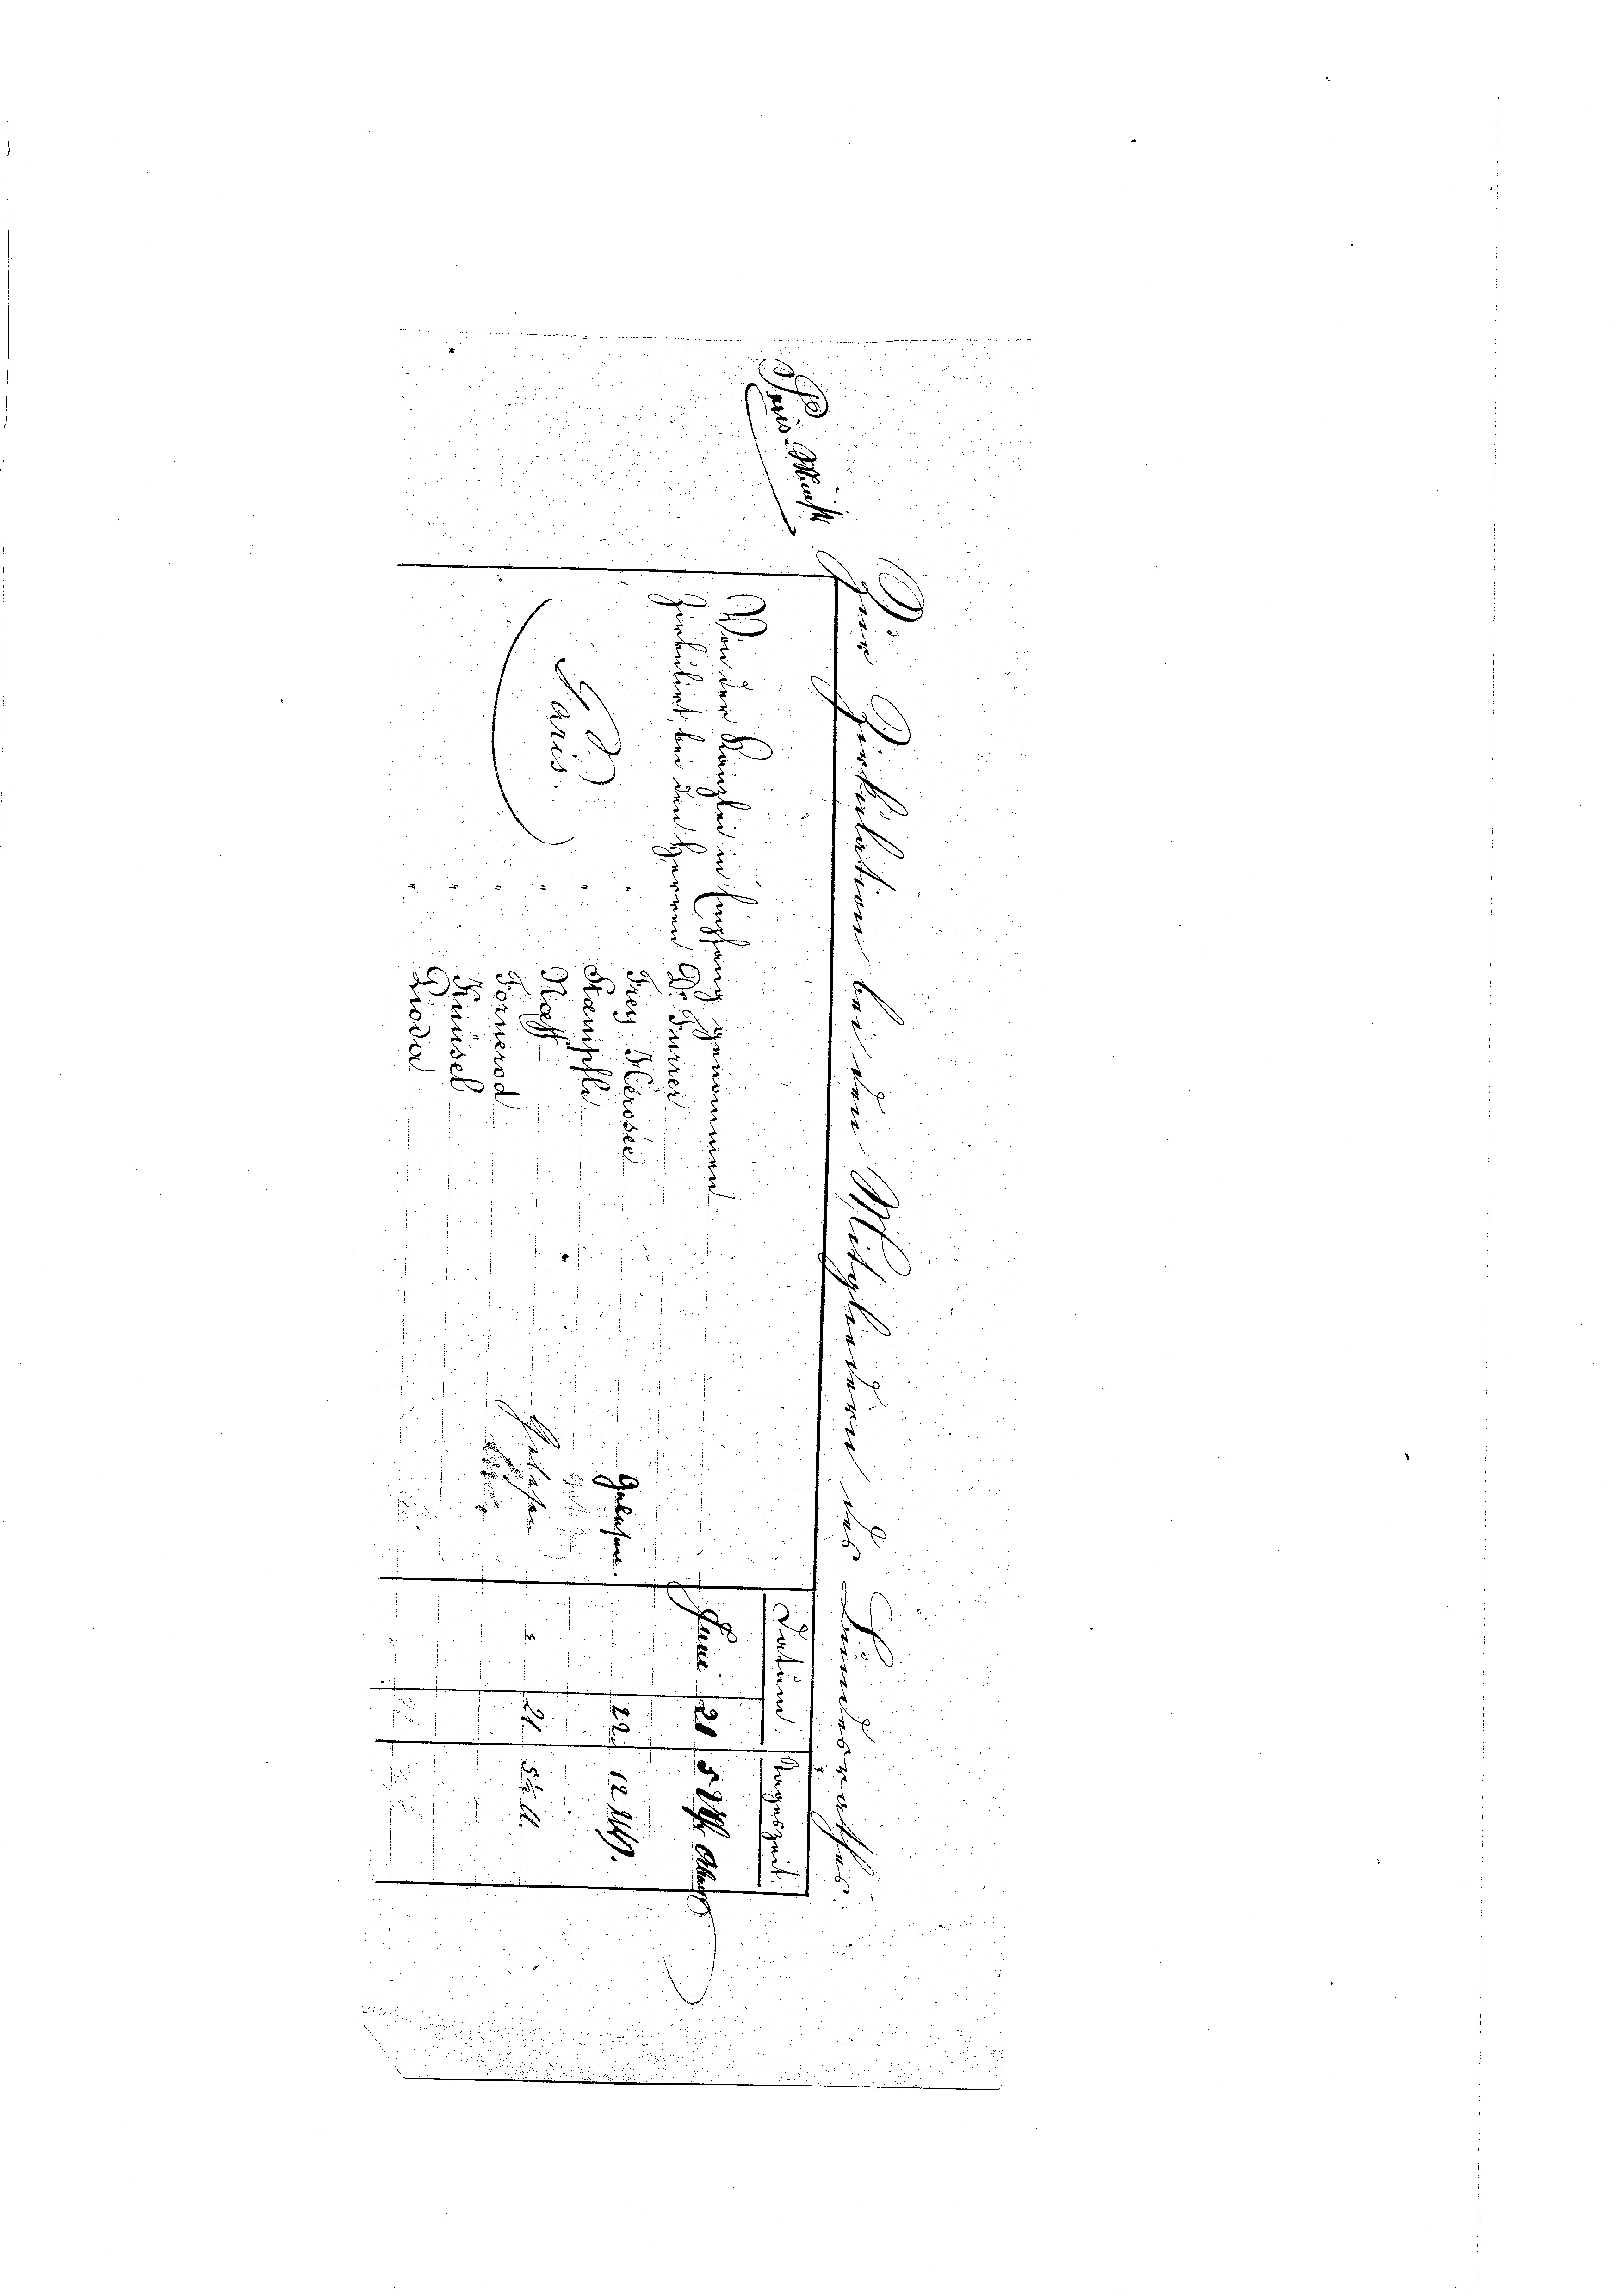
Circu

.

m

d
d
d
5
1

s
 F
5

2.
f
n
7
5
6
d
2
d
.

a

.
n
.
6
Derin in

8
u
e
.
x

.
n
u
7
e
d
n

2
x
2

3
igen die
.
e
¬
x
u

e

m
x
a
5
.
5
d
d
.

5

x

8
5.
f

e
.
x
mun
¬
f
s
.

2

i
.

.

 daher d
2
2
u
1

.
a
5
d
i

 x
f
52
¬

.
e
e

e
3
f

u

4

s
2
.
.
515 f.
d
i
a

s
d
 55
s

.

.
.
s
5
.
 24 x
1
w
e

2.
.
e
u
¬

.

2.

d
.
.
s

f
e
2

.
x
r
d
2
.
d

.

n
5

s

s
.
d

u
i